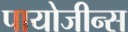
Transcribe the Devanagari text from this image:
पायोजीन्स